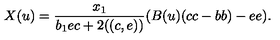
X ( u ) = \frac { x _ { 1 } } { b _ { 1 } e c + 2 ( ( c , e ) ) } ( B ( u ) ( c c - b b ) - e e ) .